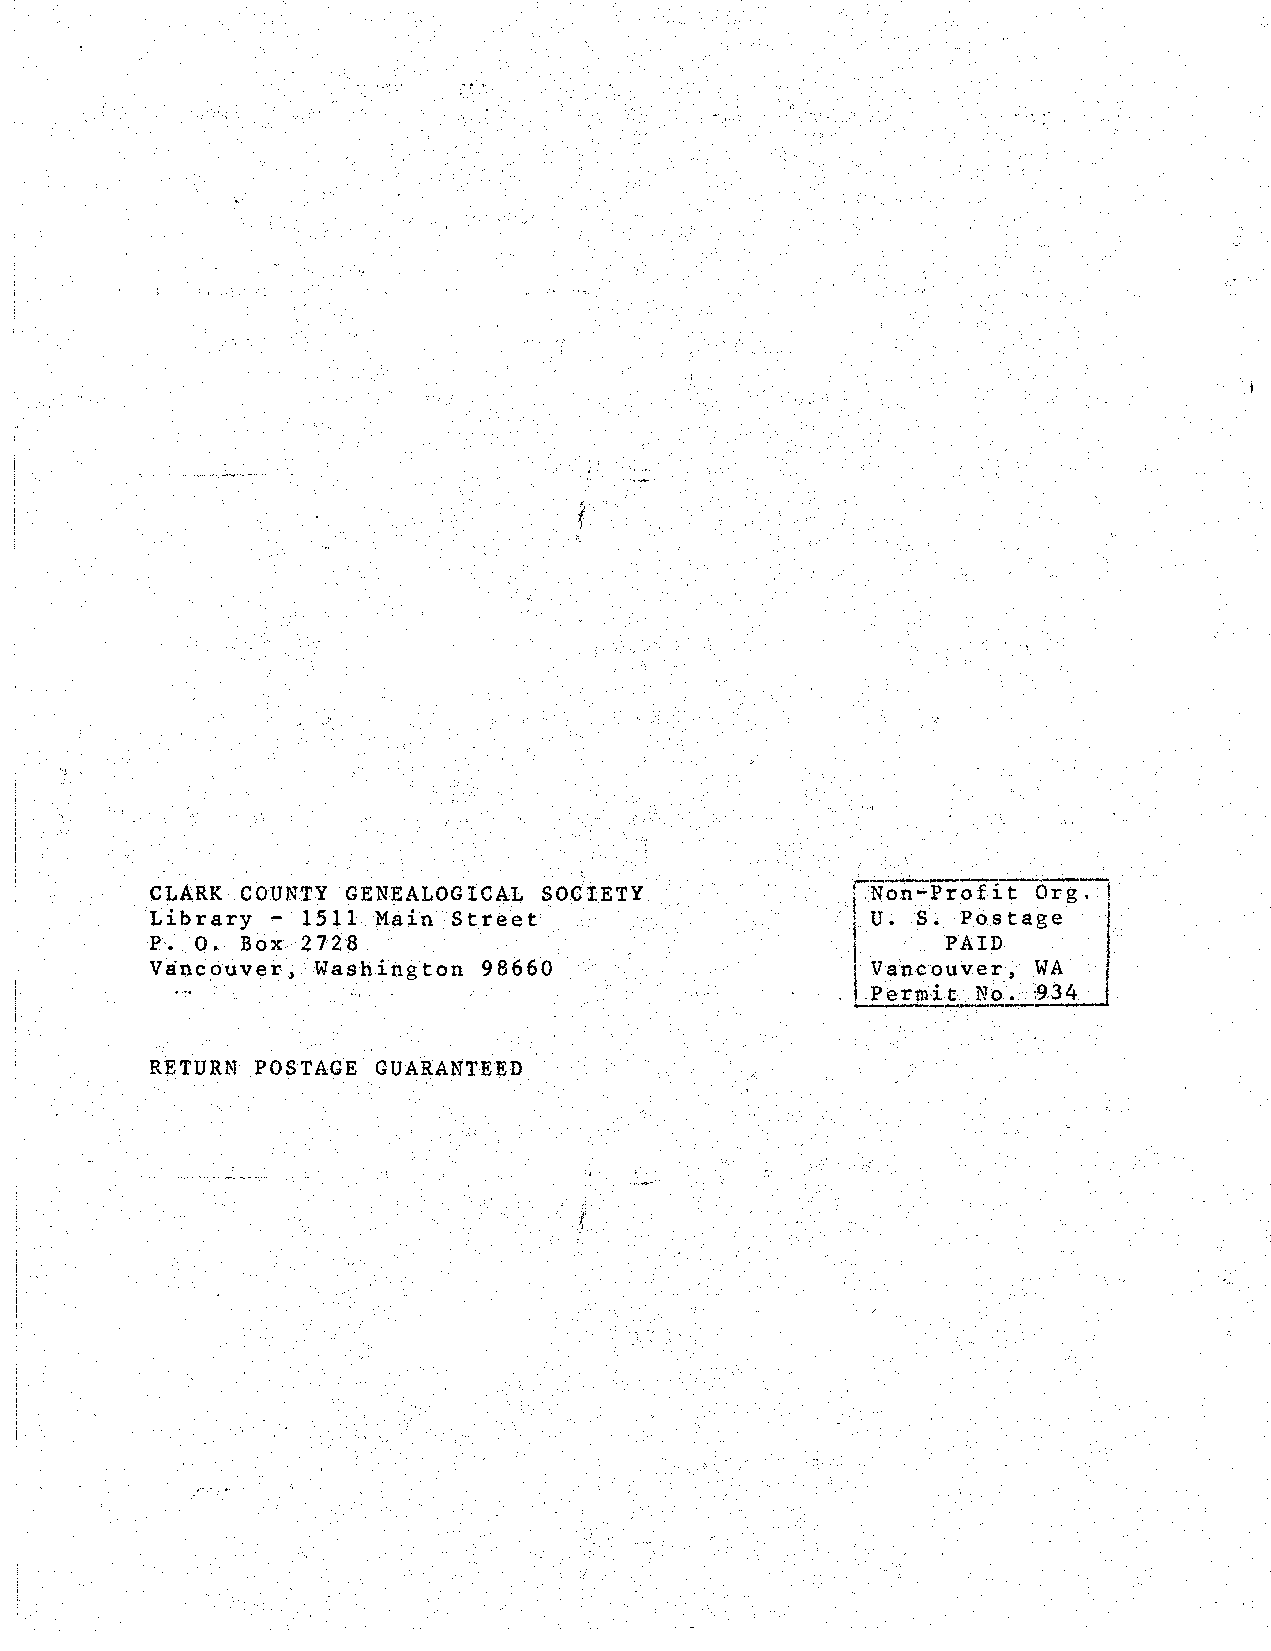
~
 CLARK .• · COUNTY GENEALOGICAL soc'IETY       ' Non-l?rof it Org.
 u~ s.
 Library - 1511 Main Street                            Postage
 P·. O. Box 2728                                      PAID
 Vanc.ouver, Washington 98660                    Vancouver, WA
 ~----------
 Permit No. '.934
 RETURN POSTAGE GUARANTEED